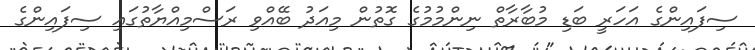
ސިފައިންގެ އަހަރީ ބަޑި މުބާރާތް ނިންމުމުގެ ގޮތުން މިއަދު ބޭއްވި ރަސްމިއްޔާތުގައި ސިފައިންގެ